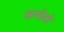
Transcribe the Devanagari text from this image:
जानोतो